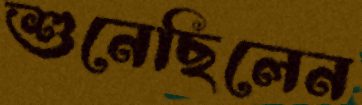
শুনেছিলেন